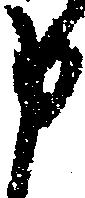
申